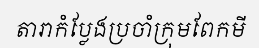
តារាកំប្លែងប្រចាំក្រុមពែកមី